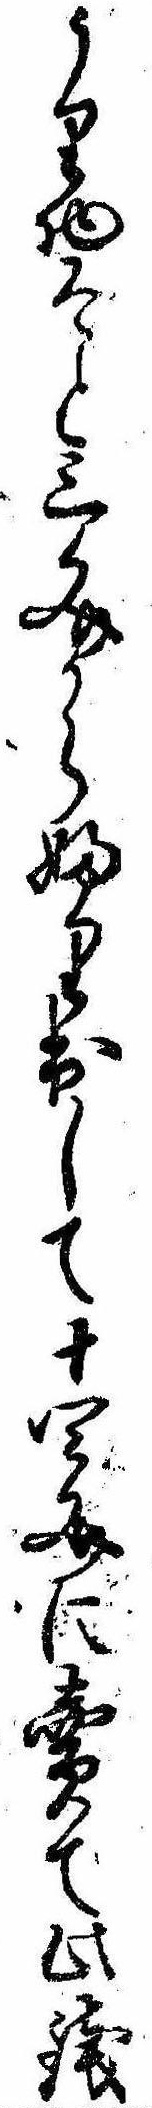
うり物そと三文からふり出して十四文に売て此銭